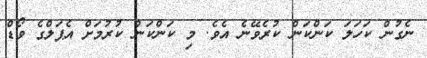
ނެގުން ކަހަލަ ކަންކަން ކުރެވޭނެ އެވެ. މި ކަންކަން ކުރުމަށް އެޕަލްގެ ވޯޑް